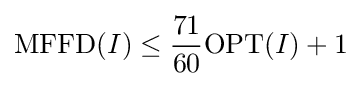
\mathrm {MFFD} (I)\leq {\frac {71}{60}}\mathrm {OPT} (I)+1